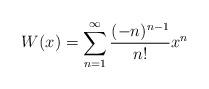
LaTeX: \begin{align*}W(x)=\sum_{n=1}^\infty\frac{(-n)^{n-1}}{n!}x^n\end{align*}